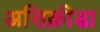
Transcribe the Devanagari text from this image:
असिक्रीडा